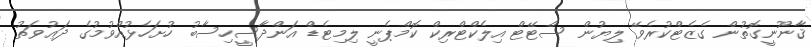
ޤާނޫނީގޮތުން ގެޒެޓްކުރެވޭ ލިޔުން ސްޓޭޓް އިލެކްޓްރިކް ކޮމްޕެނީ ލިމިޓެޑް އަންދާސީހިސާބު ހުށަހެޅުއްވުމުގެ ދަޢުވަތު